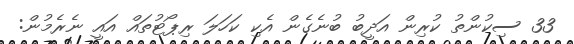
33 ސިކުންތު ކުރިން އަދީބު ބުނެގެން އެކި ކަހަލަ ރިޕޯޓުތައް އައީ ނެރެމުން: